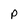
Character: p